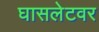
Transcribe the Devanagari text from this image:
घासलेटवर